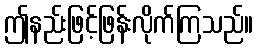
ဤနည်းဖြင့်ဖြန်းလိုက်ကြသည်။